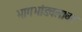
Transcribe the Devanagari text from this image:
भागभांडवलावर